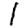
Digit: 1